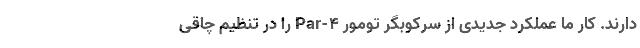
دارند. کار ما عملکرد جدیدی از سرکوبگر تومور Par-۴ را در تنظیم چاقی